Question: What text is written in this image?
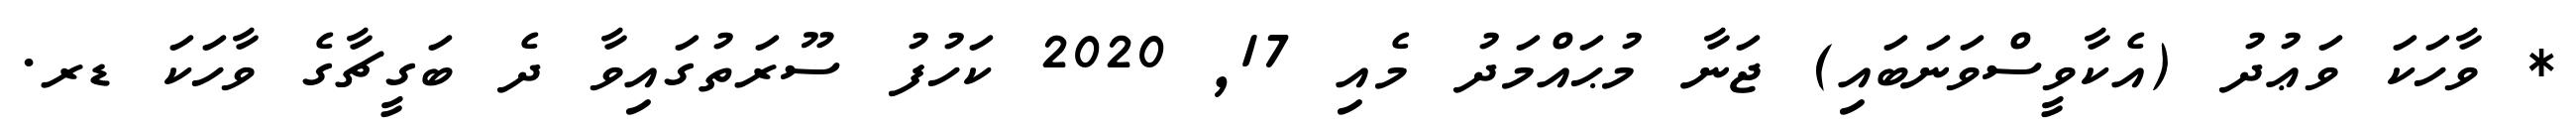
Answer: * ވާހަކަ ވަޢުދު (އެކާވީސްވަނަބައި) ޖަނާ މުޙައްމަދު މެއި 17, 2020 ކަހުފު ސޫރަތުގައިވާ ދެ ބަގީޗާގެ ވާހަކަ ޑރ.